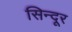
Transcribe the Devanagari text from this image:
सिन्‍दूर